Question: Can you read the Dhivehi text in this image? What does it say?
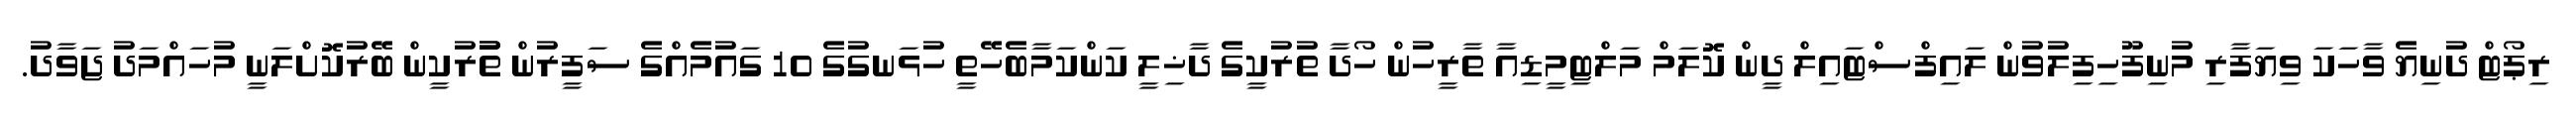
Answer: ރިޕޯޓް ދުނިޔެ ވާހަކަ ވިޔަފާރި މުނިފޫހިފިލުވުން ލައިފްސްޓައިލް ދީން ކޮލަމް މަލްޓިމީޑިއާ ތާރީހުން ހޯދާ ތުރުކީގެ ދާޚިލީ ކަންކަމާބެހޭތީ ހުޅަނގުގެ 10 ގައުމެއްގެ ސަފީރުން ތުުރުކީން ބޭރުކޮށްލަނީ މުހައްމަދު ޖަވާދު.